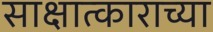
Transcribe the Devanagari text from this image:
साक्षात्काराच्या